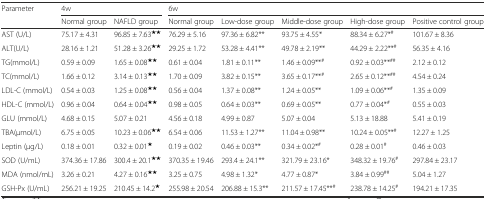
<table><thead><tr><td rowspan="2"><b>Parameter</b></td><td colspan="2"><b>4w</b></td><td colspan="5"><b>6w</b></td></tr><tr><td><b>Normal group</b></td><td><b>NAFLD group</b></td><td><b>Normal group</b></td><td><b>Low-dose group</b></td><td><b>Middle-dose group</b></td><td><b>High-dose group</b></td><td><b>Positive control group</b></td></tr></thead><tbody><tr><td>AST (U/L)</td><td>75.17 ± 4.31</td><td>96.85 ± 7.63<sup>★★</sup></td><td>76.29 ± 5.16</td><td>97.36 ± 6.82**</td><td>93.75 ± 4.55*</td><td>88.34 ± 6.27*<sup>#</sup></td><td>101.67 ± 8.36</td></tr><tr><td>ALT(U/L)</td><td>28.16 ± 1.21</td><td>51.28 ± 3.26<sup>★★</sup></td><td>29.25 ± 1.72</td><td>53.28 ± 4.41**</td><td>49.78 ± 2.19**</td><td>44.29 ± 2.22**<sup>#</sup></td><td>56.35 ± 4.16</td></tr><tr><td>TG(mmol/L)</td><td>0.59 ± 0.09</td><td>1.65 ± 0.08<sup>★★</sup></td><td>0.61 ± 0.04</td><td>1.81 ± 0.11**</td><td>1.46 ± 0.09**<sup>#</sup></td><td>0.92 ± 0.03**<sup>##</sup></td><td>2.12 ± 0.12</td></tr><tr><td>TC(mmol/L)</td><td>1.66 ± 0.12</td><td>3.14 ± 0.13<sup>★★</sup></td><td>1.70 ± 0.09</td><td>3.82 ± 0.15**</td><td>3.65 ± 0.17**<sup>#</sup></td><td>2.65 ± 0.12**<sup>##</sup></td><td>4.54 ± 0.24</td></tr><tr><td>LDL-C (mmol/L)</td><td>0.54 ± 0.03</td><td>1.25 ± 0.08<sup>★★</sup></td><td>0.56 ± 0.04</td><td>1.37 ± 0.08**</td><td>1.24 ± 0.05**</td><td>1.09 ± 0.06**<sup>#</sup></td><td>1.35 ± 0.09</td></tr><tr><td>HDL-C (mmol/L)</td><td>0.96 ± 0.04</td><td>0.64 ± 0.04<sup>★★</sup></td><td>0.98 ± 0.05</td><td>0.64 ± 0.03**</td><td>0.69 ± 0.05**</td><td>0.77 ± 0.04*<sup>#</sup></td><td>0.55 ± 0.03</td></tr><tr><td>GLU (mmol/L)</td><td>4.68 ± 0.15</td><td>5.07 ± 0.21</td><td>4.56 ± 0.18</td><td>4.99 ± 0.87</td><td>5.07 ± 0.04</td><td>5.13 ± 18.88</td><td>5.41 ± 0.19</td></tr><tr><td>TBA(μmol/L)</td><td>6.75 ± 0.05</td><td>10.23 ± 0.06<sup>★★</sup></td><td>6.54 ± 0.06</td><td>11.53 ± 1.27**</td><td>11.04 ± 0.98**</td><td>10.24 ± 0.05**<sup>#</sup></td><td>12.27 ± 1.25</td></tr><tr><td>Leptin (μg/L)</td><td>0.18 ± 0.01</td><td>0.32 ± 0.01<sup>★</sup></td><td>0.19 ± 0.02</td><td>0.46 ± 0.03**</td><td>0.34 ± 0.02*<sup>#</sup></td><td>0.28 ± 0.01<sup>#</sup></td><td>0.46 ± 0.03</td></tr><tr><td>SOD (U/mL)</td><td>374.36 ± 17.86</td><td>300.4 ± 20.1<sup>★★</sup></td><td>370.35 ± 19.46</td><td>293.4 ± 24.1**</td><td>321.79 ± 23.16*</td><td>348.32 ± 19.76<sup>#</sup></td><td>297.84 ± 23.17</td></tr><tr><td>MDA (nmol/mL)</td><td>3.26 ± 0.21</td><td>4.27 ± 0.16<sup>★★</sup></td><td>3.25 ± 0.75</td><td>4.98 ± 1.32*</td><td>4.77 ± 0.87*</td><td>3.84 ± 0.99<sup>##</sup></td><td>5.04 ± 1.27</td></tr><tr><td>GSH-Px (U/mL)</td><td>256.21 ± 19.25</td><td>210.45 ± 14.2<sup>★</sup></td><td>255.98 ± 20.54</td><td>206.88 ± 15.3**</td><td>211.57 ± 17.45**<sup>#</sup></td><td>238.78 ± 14.25<sup>#</sup></td><td>194.21 ± 17.35</td></tr></tbody></table>